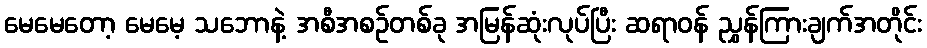
မေမေတော့ မေမေ့ သဘောနဲ့ အစီအစဉ်တစ်ခု အမြန်ဆုံးလုပ်ပြီး ဆရာဝန် ညွှန်ကြားချက်အတိုင်း